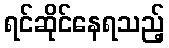
ရင်ဆိုင်နေရသည့်